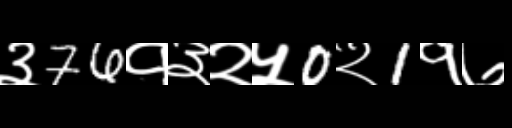
Text: ३76१३२५0२1१७